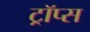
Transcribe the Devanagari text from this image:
ट्रॉप्स